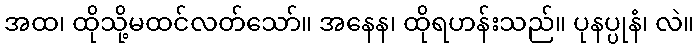
အထ၊ ထိုသို့မထင်လတ်သော်။ အနေန၊ ထိုရဟန်းသည်။ ပုနပ္ပုနံ၊ လဲ။